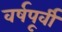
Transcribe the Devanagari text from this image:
वर्षपूर्वी